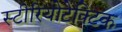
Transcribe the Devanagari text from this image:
स्टीरियोटेक्टिक